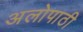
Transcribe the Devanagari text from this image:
अलोपाठी